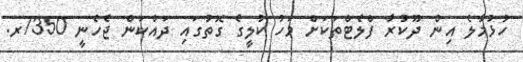
ހުޅުމާލެ އިން ދޫކުރާ ފްލެޓްތަކަށް މަހު ކުލީގެ ގޮތުގައި ދައްކަން ޖެހެނީ 7350ރ.